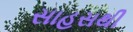
સાહસથી